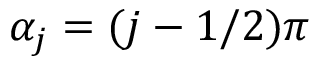
\alpha _ { j } = ( j - 1 / 2 ) \pi